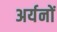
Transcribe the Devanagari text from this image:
अर्यनों